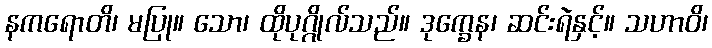
နကရောတိ၊ မပြု။ သော၊ ထိုပုဂ္ဂိုလ်သည်။ ဒုက္ခေန၊ ဆင်းရဲနှင့်။ သဟာဝိ၊